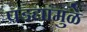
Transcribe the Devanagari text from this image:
पडद्यांमुळे